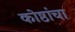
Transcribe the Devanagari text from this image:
कोष्ठांचा